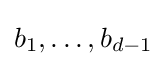
b_{1},\ldots ,b_{d-1}